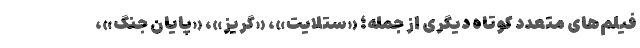
فیلم‌های متعدد کوتاه دیگری از جمله؛ «ستلایت»، «گریز»، «پایان جنگ»،